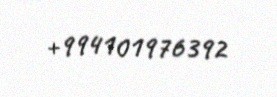
+994101976392